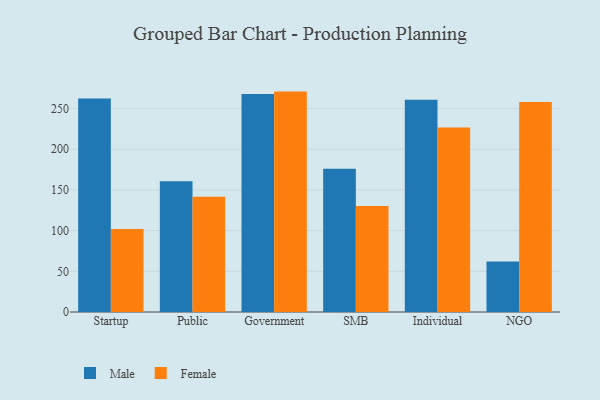
{"axis": {"x": "Segment", "y": "Operating Costs (USD K)"}, "legend": ["Female", "Male"], "data": [{"x": "Startup", "y": 262.4, "type": "Male"}, {"x": "Startup", "y": 102.0, "type": "Female"}, {"x": "Public", "y": 160.7, "type": "Male"}, {"x": "Public", "y": 141.8, "type": "Female"}, {"x": "Government", "y": 268.1, "type": "Male"}, {"x": "Government", "y": 270.9, "type": "Female"}, {"x": "SMB", "y": 176.1, "type": "Male"}, {"x": "SMB", "y": 130.2, "type": "Female"}, {"x": "Individual", "y": 260.8, "type": "Male"}, {"x": "Individual", "y": 226.9, "type": "Female"}, {"x": "NGO", "y": 62.0, "type": "Male"}, {"x": "NGO", "y": 258.2, "type": "Female"}]}